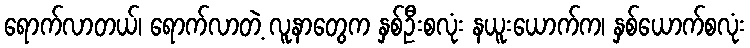
ရောက်လာတယ်၊ ရောက်လာတဲ့ လူနာတွေက နှစ်ဦးစလုံး နယူးယောက်က၊ နှစ်ယောက်စလုံး